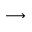
\longrightarrow